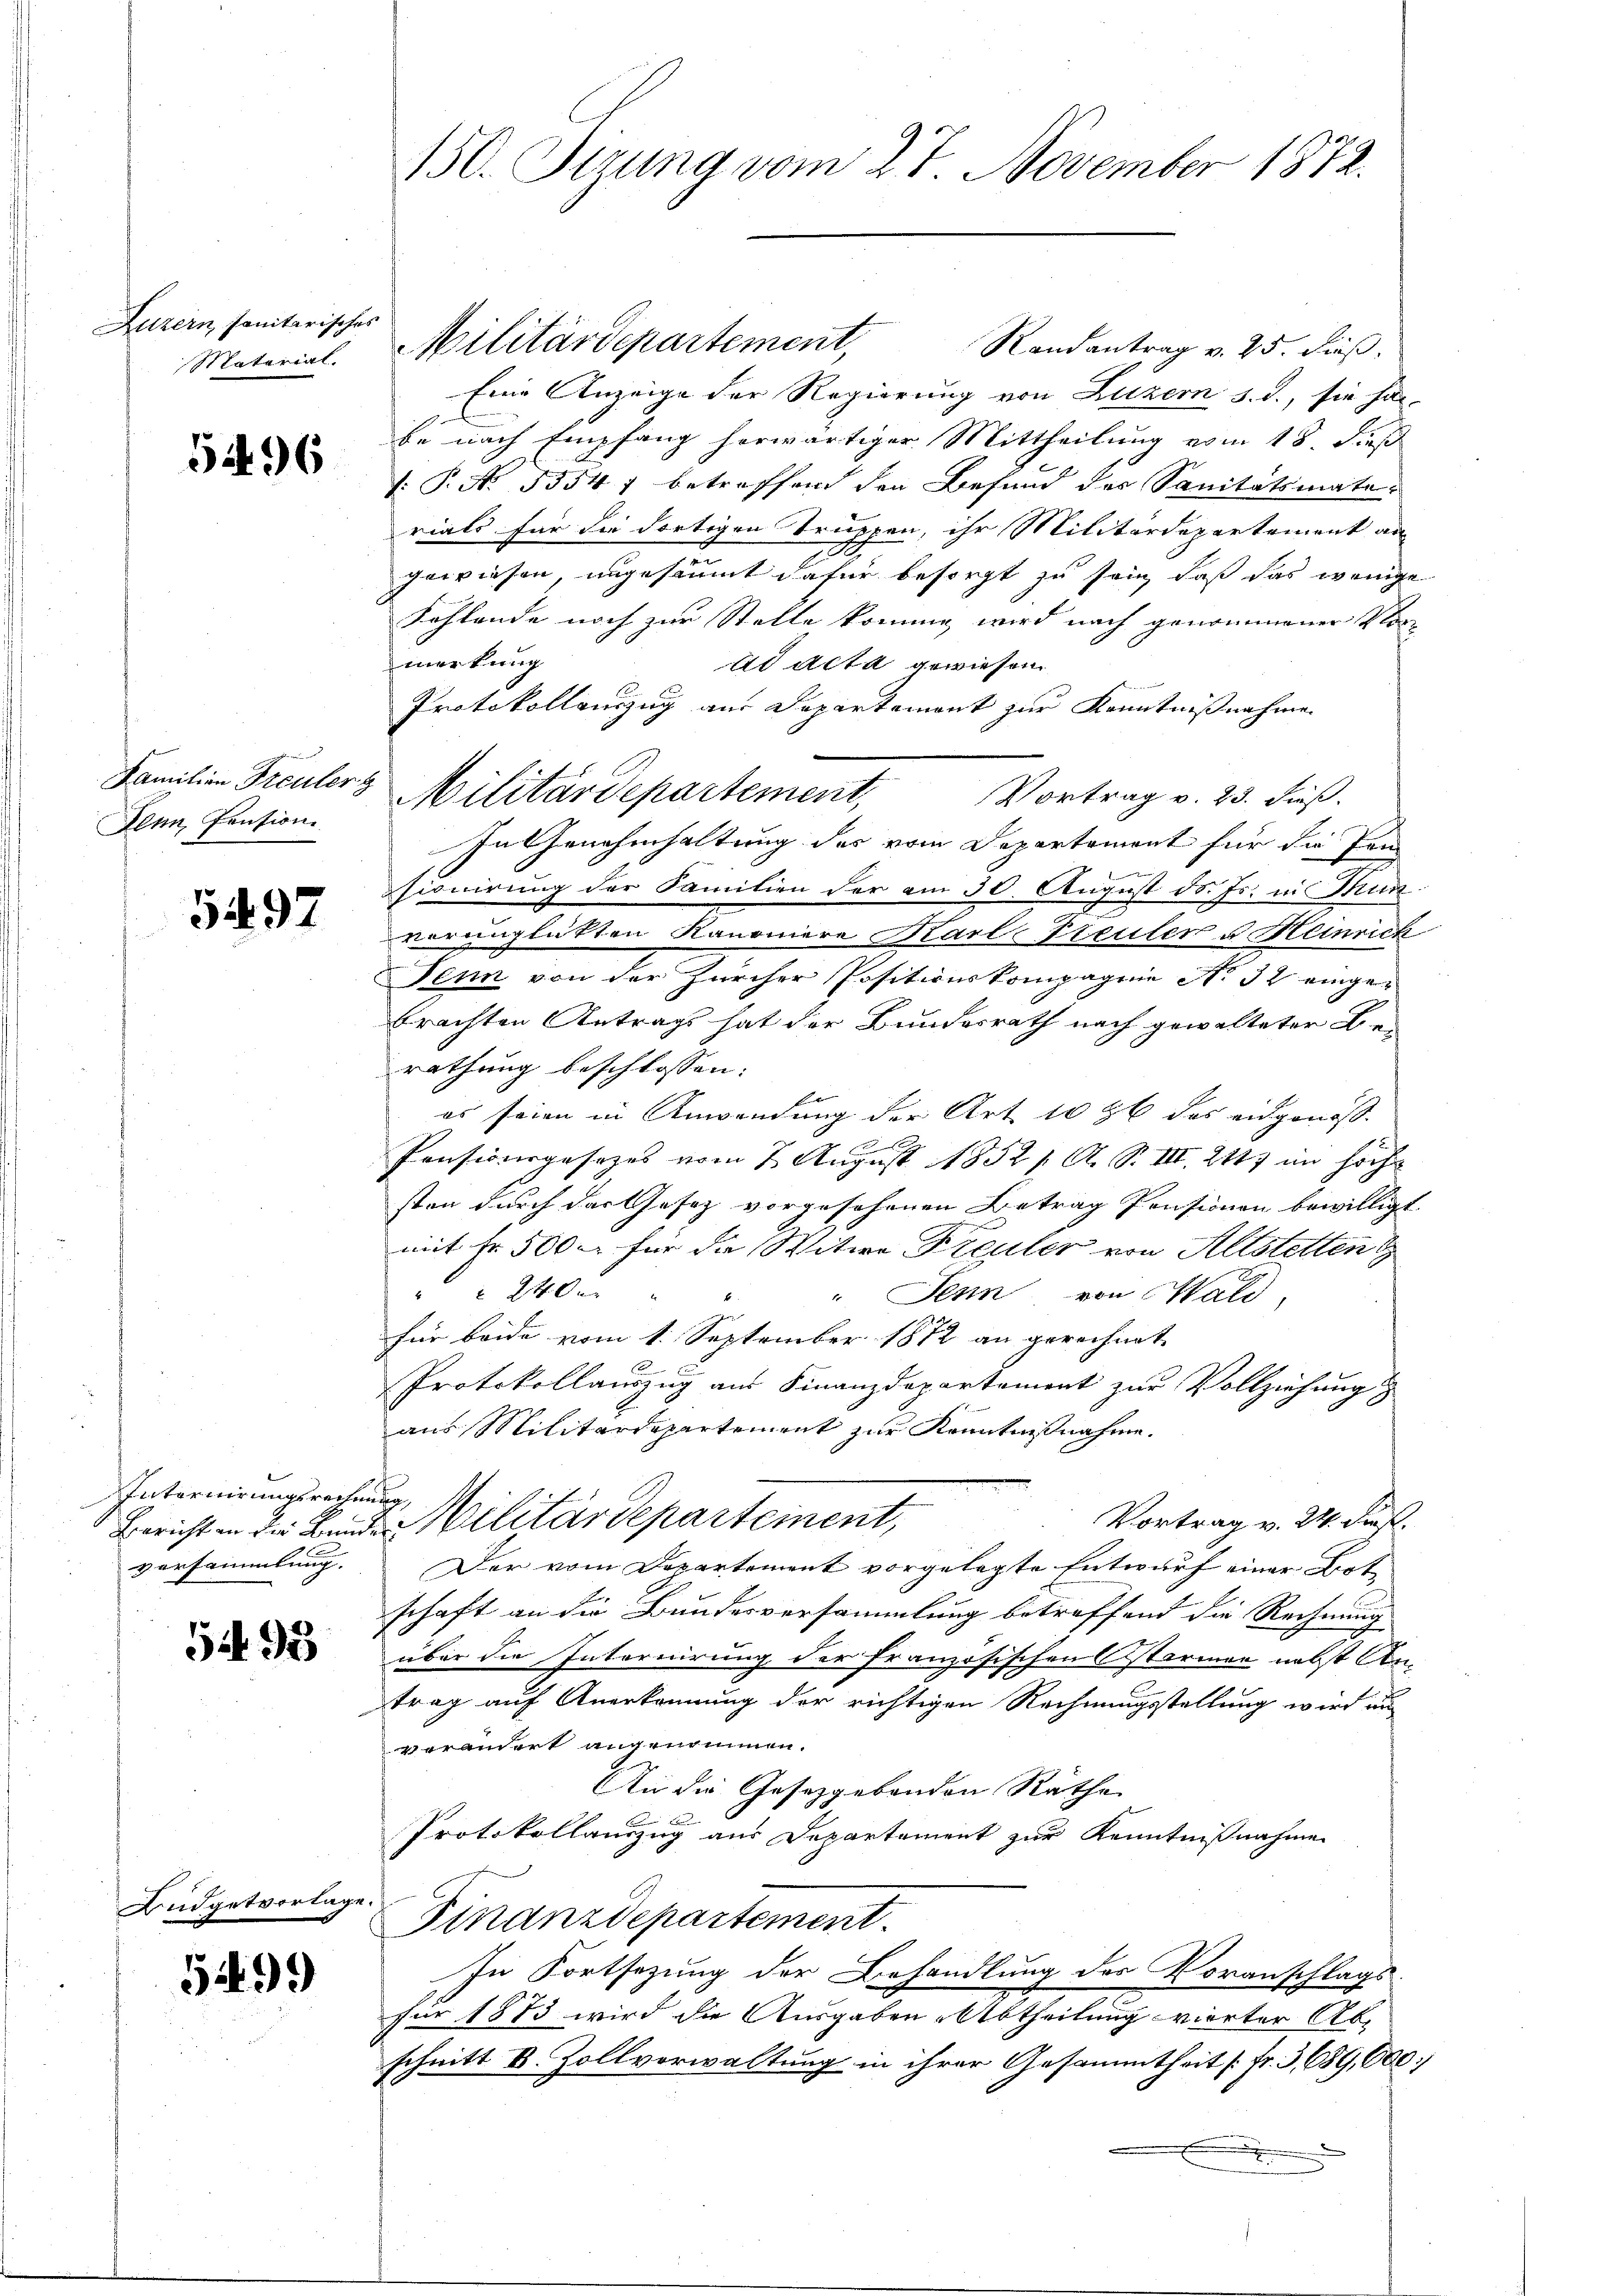
Luzern, sanitarisches
Material.

5496

Familien Freuler z
Denn, Pension

5497

Internirungsreche
versammlung.

5495

Büdgetvorlage.

5499

150. Setzung vom 27. November 1872.

Militärdepartement,
Randantrag v. 25. dieß.
Eine Anzeige der Regierung von Luzern s. S., sie hat,
be nach Empfang herwärtiger Mittheilung vom 18. dieß
: P. N. 5354 f betreffend den Befund des Sanitätsmate
rials für die dortigen Truppen, ihr Militärdepartement an
gewiesen, ungesäumt dafür besorgt zu sein, daß das wenige
Kohlende noch zur Stelle kommen wird nach genommenen Plan
merkung
ad acta gewiesen.
Protokollenzug aus Departemont zur Kenntnißnahme
Militärdepartement, Vortrag v. 23. dieß.
In Genehmhaltung des vom Departement für die Pensionirung der Familien der am 30. August d. Js. in Mun
vorunglükten Kanoniere Karl-Treuler u Heinrich
Senn von der Zürcher Positionskompagnie No 32 eingebrachten Antrags hat der Bundesrath nach gewalteter Be-
rathung beschlossen:
es seien in Anwendung der Art 10 % des eidgenoß¬

Pensionsgesezes vom 7. August 1852 / A. S. III. 217 im höchs
sten durch das Gesetz vorgesehenen Betrag Pensionen bewilligt.
mit fr. 500 xr für die Witwe Freuler von Altstetten
 24 der
" Senn von Wald,
für beide vom 1. September 1872 an gerechnet
A
Protokollauszug aus Finanzdepartement zur Vollziehung
aus Militärdepartement zur Kenntnißnahme.
it
Vortrag v. 24. dieß.
Bericht in der Bunde Militärdepartement,
Der vom Departement vorgelegte Entwurf einer Bote
schaft an die Bundesversammlung betreffend die Rechnung
über die Internirung der französischen Starmen nebst Antrag auf Anerkennung der richtigen Rechnungsstellung wird au
verandert angenommen.
An die Gesetzgebenden Räthe
2
Protokollanzug aus Departement zur Kenntnißnahme
Finanzdepartement.
In Fortsetzung der Behandlung des Voranschlags-
für 1873 wird die Ausgaben Abtheilung vierter Abschnitt k. Zollverwaltung in ihrer Gesammtheit [Fr. 3,689, Oec